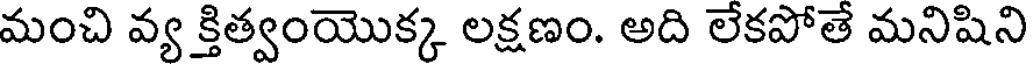
మంచి వ్య క్తిత్వంయొక్క లక్షణం. అది లేకపోతే మనిషిని